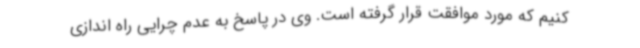
کنیم که مورد موافقت قرار گرفته است. وی در پاسخ به عدم چرایی راه اندازی